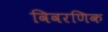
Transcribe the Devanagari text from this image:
विवरणिक